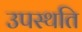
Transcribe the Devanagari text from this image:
उपस्थति